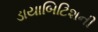
ડાયાબિટિશની